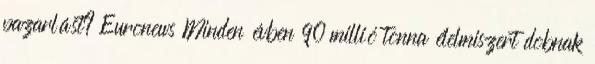
pazarlást? Euronews Minden évben 90 millió tonna élelmiszert dobnak